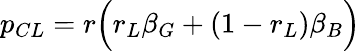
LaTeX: p_{CL}=r\Big(r_{L}\beta_{G}+(1-r_{L})\beta_{B}\Big)